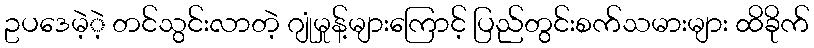
ဥပဒေမဲ့ဲ့ တင်သွင်းလာတဲ့ ဂျုံမှုန့်များကြောင့် ပြည်တွင်းစက်သမားများ ထိခိုက်